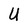
Character: U